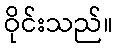
ဝိုင်းသည်။